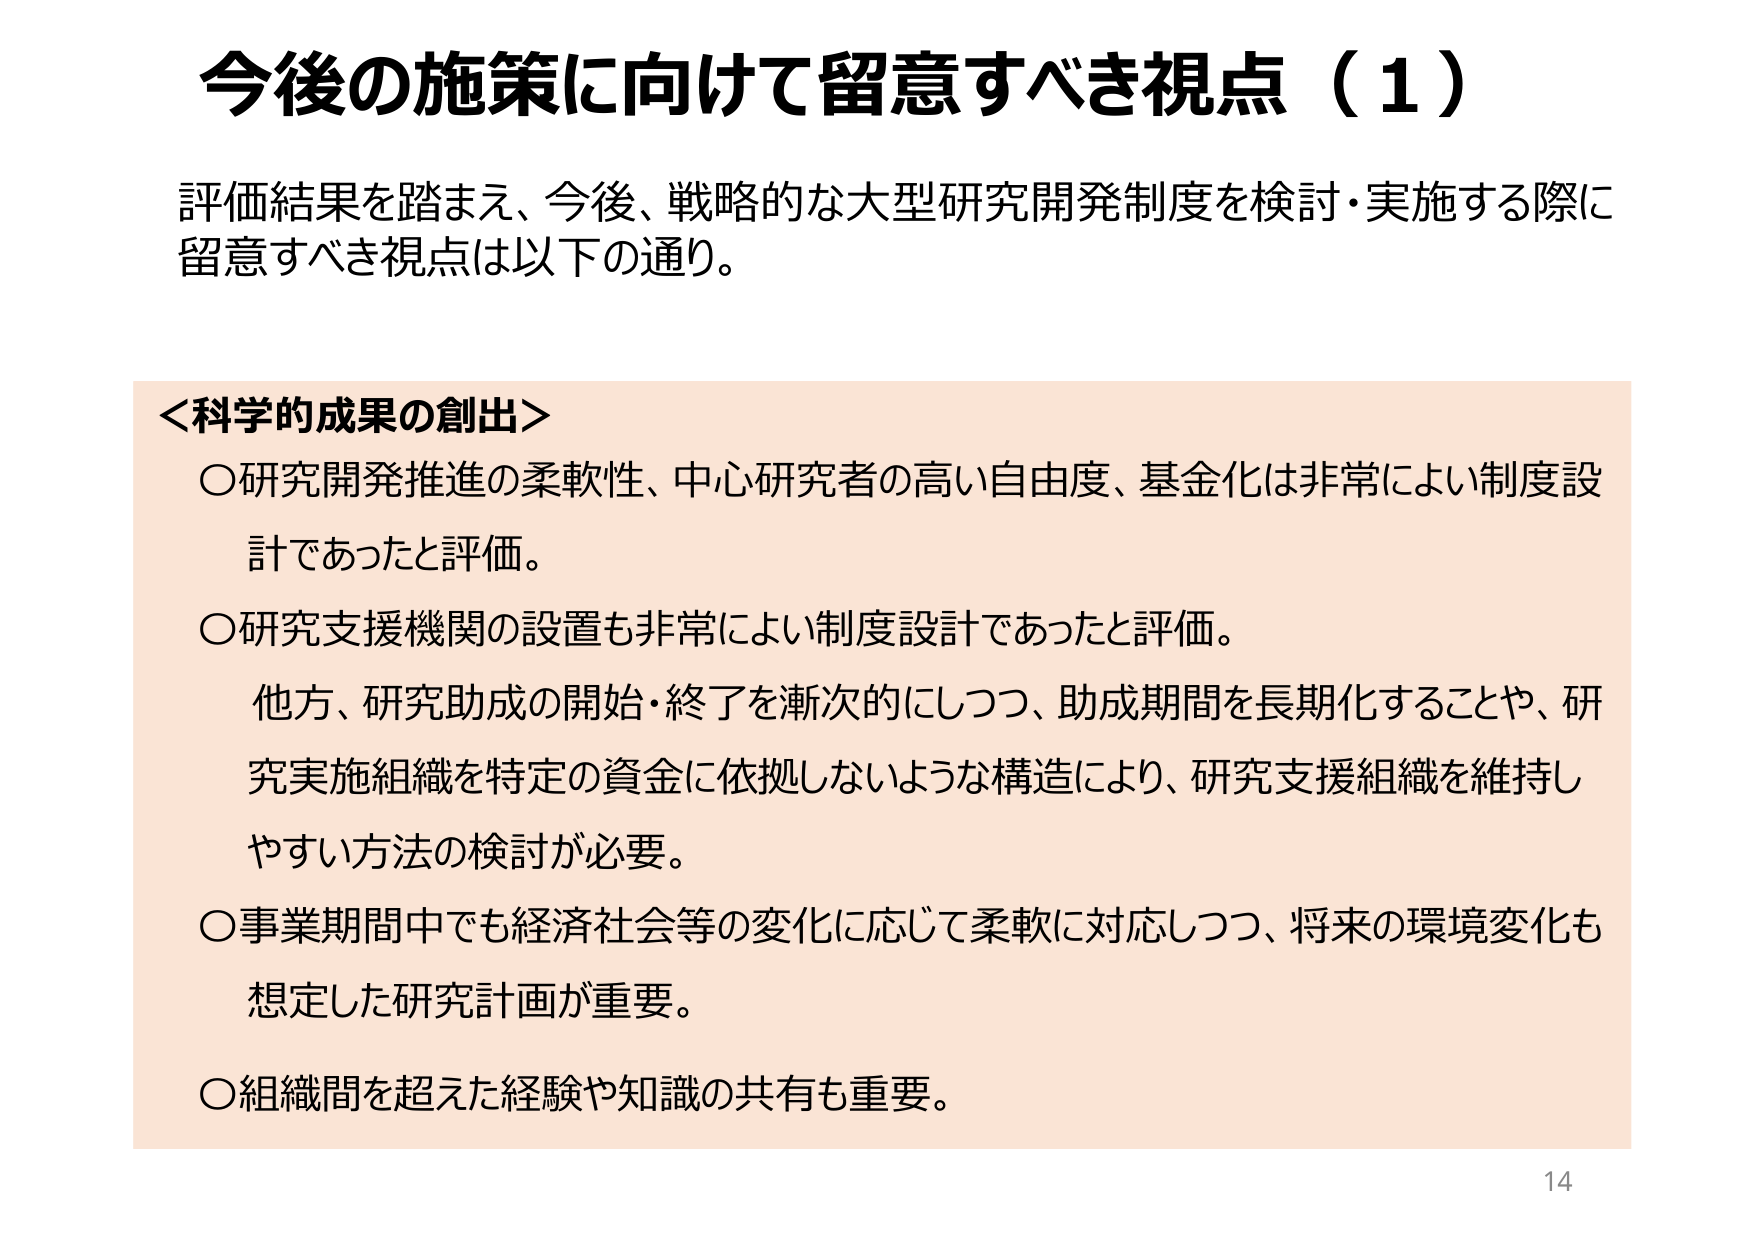
今後の施策に向けて留意すべき視点（1）

評価結果を踏まえ、今後、戦略的な大型研究開発制度を検討・実施する際に
留意すべき視点は以下の通り。

＜科学的成果の創出＞
〇研究開発推進の柔軟性、中心研究者の高い自由度、基金化は非常によい制度設計であったと評価。
〇研究支援機関の設置も非常によい制度設計であったと評価。
　他方、研究助成の開始・終了を漸次的にしつつ、助成期間を長期化することや、研究実施組織を特定の資金に依拠しないような構造により、研究支援組織を維持しやすい方法の検討が必要。
〇事業期間中でも経済社会等の変化に応じて柔軟に対応しつつ、将来の環境変化も想定した研究計画が重要。
〇組織間を超えた経験や知識の共有も重要。

14